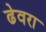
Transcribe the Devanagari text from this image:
ढेवरा